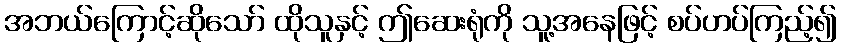
အဘယ်ကြောင့်ဆိုသော် ထိုသူနှင့် ဤဆေးရုံကို သူ့အနေဖြင့် စပ်ဟပ်ကြည့်၍